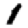
Digit: 1